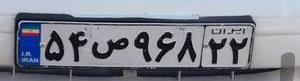
۵۴ص۹۶۸۲۲